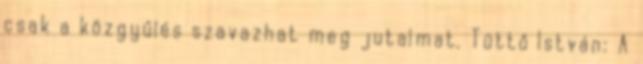
csak a közgyűlés szavazhat meg jutalmat. Tüttő István: A